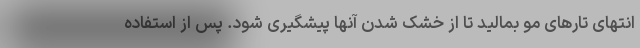
انتهای تارهای مو بمالید تا از خشک شدن آنها پیشگیری شود. پس از استفاده